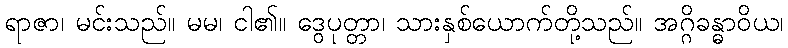
ရာဇာ၊ မင်းသည်။ မမ၊ ငါ၏။ ဒွေပုတ္တာ၊ သားနှစ်ယောက်တို့သည်။ အဂ္ဂိခန္ဓာဝိယ၊